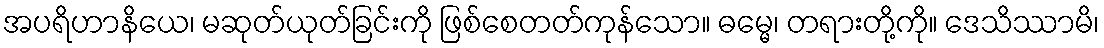
အပရိဟာနိယေ၊ မဆုတ်ယုတ်ခြင်းကို ဖြစ်စေတတ်ကုန်သော။ ဓမ္မေ၊ တရားတို့ကို။ ဒေသိဿာမိ၊